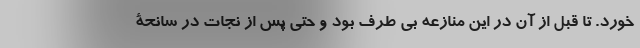
خورد. تا قبل از آن در این منازعه بی طرف بود و حتی پس از نجات در سانحۀ